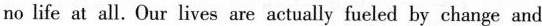
no life at all. Our lives are actually fueled by change and